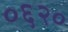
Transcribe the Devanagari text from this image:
०६२०